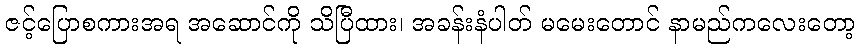
ဇင့်ပြောစကားအရ အဆောင်ကို သိပြီထား၊ အခန်းနံပါတ် မမေးတောင် နာမည်ကလေးတော့